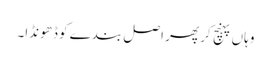
وہاں پہنچ کر پھر اصل بندے کو ڈھونڈا۔